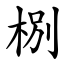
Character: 㭭